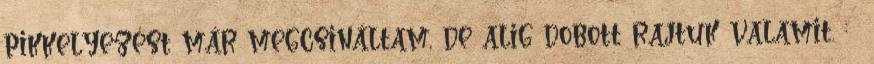
pikkelyezést már megcsináltam, de alig dobott rajtuk valamit. :